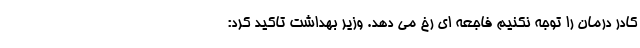
کادر درمان را توجه نکنیم فاجعه ای رخ می دهد. وزیر بهداشت تاکید کرد: